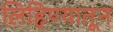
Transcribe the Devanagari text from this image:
लिहिण्यातून